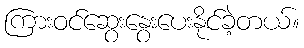
ကြားဝင်ဆွေးနွေးပေးနိုင်ခဲ့တယ်။